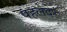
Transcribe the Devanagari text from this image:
पहलेदेर